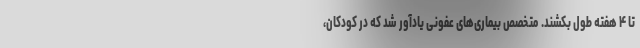
تا ۴ هفته طول بکشند. متخصص بیماری‌های عفونی یادآور شد که در کودکان،